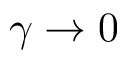
\gamma \rightarrow 0